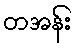
တအန်း